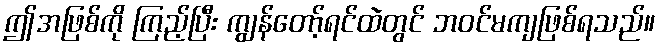
ဤအဖြစ်ကို ကြည့်ပြီး ကျွန်တော့်ရင်ထဲတွင် ဘဝင်မကျဖြစ်ရသည်။